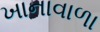
ખાનાવાળા